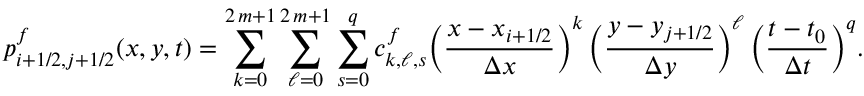
p _ { i + 1 / 2 , j + 1 / 2 } ^ { f } ( x , y , t ) = \sum _ { k = 0 } ^ { 2 \, m + 1 } \sum _ { \ell = 0 } ^ { 2 \, m + 1 } \sum _ { s = 0 } ^ { q } c _ { k , \ell , s } ^ { f } \bigg ( \frac { x - x _ { i + 1 / 2 } } { \Delta x } \bigg ) ^ { k } \, \bigg ( \frac { y - y _ { j + 1 / 2 } } { \Delta y } \bigg ) ^ { \ell } \, \bigg ( \frac { t - t _ { 0 } } { \Delta t } \bigg ) ^ { q } .